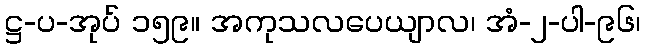
ဋ္ဌ-ပ-အုပ် ၁၅၉။ အကုသလပေယျာလ၊ အံ-၂-ပါ-၉၆၊